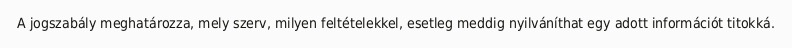
A jogszabály meghatározza, mely szerv, milyen feltételekkel, esetleg meddig nyilváníthat egy adott információt titokká.